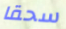
سحقا